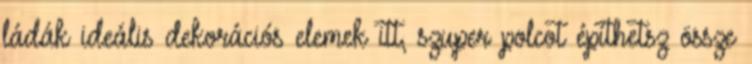
ládák ideális dekorációs elemek itt, szuper polcot építhetsz össze